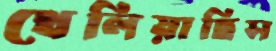
খেলিয়াছিস